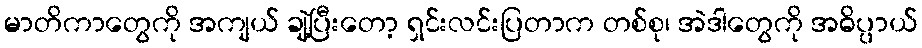
မာတိကာတွေကို အကျယ် ချဲ့ပြီးတော့ ရှင်းလင်းပြတာက တစ်စု၊ အဲဒါတွေကို အဓိပ္ပာယ်